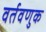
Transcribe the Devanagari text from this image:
वर्तवणुक